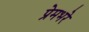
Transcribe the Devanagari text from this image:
प्रेमभरे